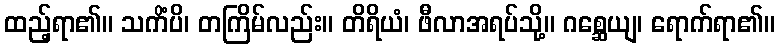
ထည့်ရာ၏။ သကိံပိ၊ တကြိမ်လည်း။ တိရိယံ၊ ဖီလာအရပ်သို့။ ဂစ္ဆေယျ၊ ရောက်ရာ၏။